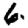
Digit: 6